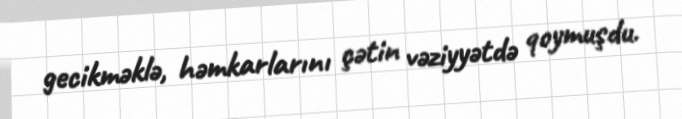
gecikməklə, həmkarlarını çətin vəziyyətdə qoymuşdu.